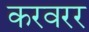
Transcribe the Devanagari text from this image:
करवरर